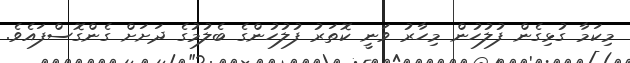
މިކަމާ ގުޅިގެން ފުލުހުން މިހާރު ވަނީ ކޮތަރު ފުލުހުންގެ ބެލުމުގެ ދަށަށް ގެންގޮސްފައެވެ.